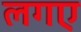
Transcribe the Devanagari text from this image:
लगए